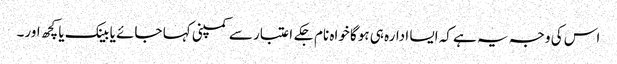
اس کی وجہ یہ ہے کہ ایسا ادارہ ہی ہوگا خواہ نام جکے اعتبار سے کمپنی کہا جائے یا بینک یا کچھ اور۔